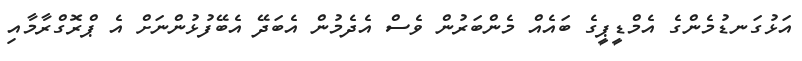
އަޅުގަނޑުމެންގެ އެމްޑީޕީގެ ބައެއް މެންބަރުން ވެސް އެދެމުން އެބަދޭ އެބޭފުޅުންނަށް އެ ޕްރޮގްރާމާއި